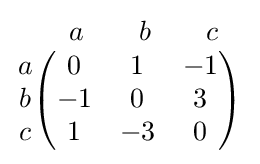
{\begin{matrix}{\begin{matrix}&&a\quad &b\quad &c\quad \\\end{matrix}}\\{\begin{matrix}a\\b\\c\\\end{matrix}}{\begin{pmatrix}0&1&-1\\-1&0&3\\1&-3&0\\\end{pmatrix}}\end{matrix}}